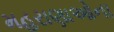
મહરાણાઓના